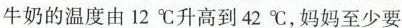
牛奶的温度有12^{\circ}C升高到42^{\circ}C，妈妈至少要